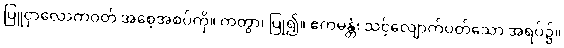
ပြူငှာလောကဝတ် အစေ့အစပ်ကို။ ကတွာ၊ ပြု၍။ ဧကမန္တံ၊ သင့်လျောက်ပတ်သော အရပ်၌။